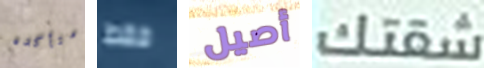
متأكده فقط أصيل شقتك